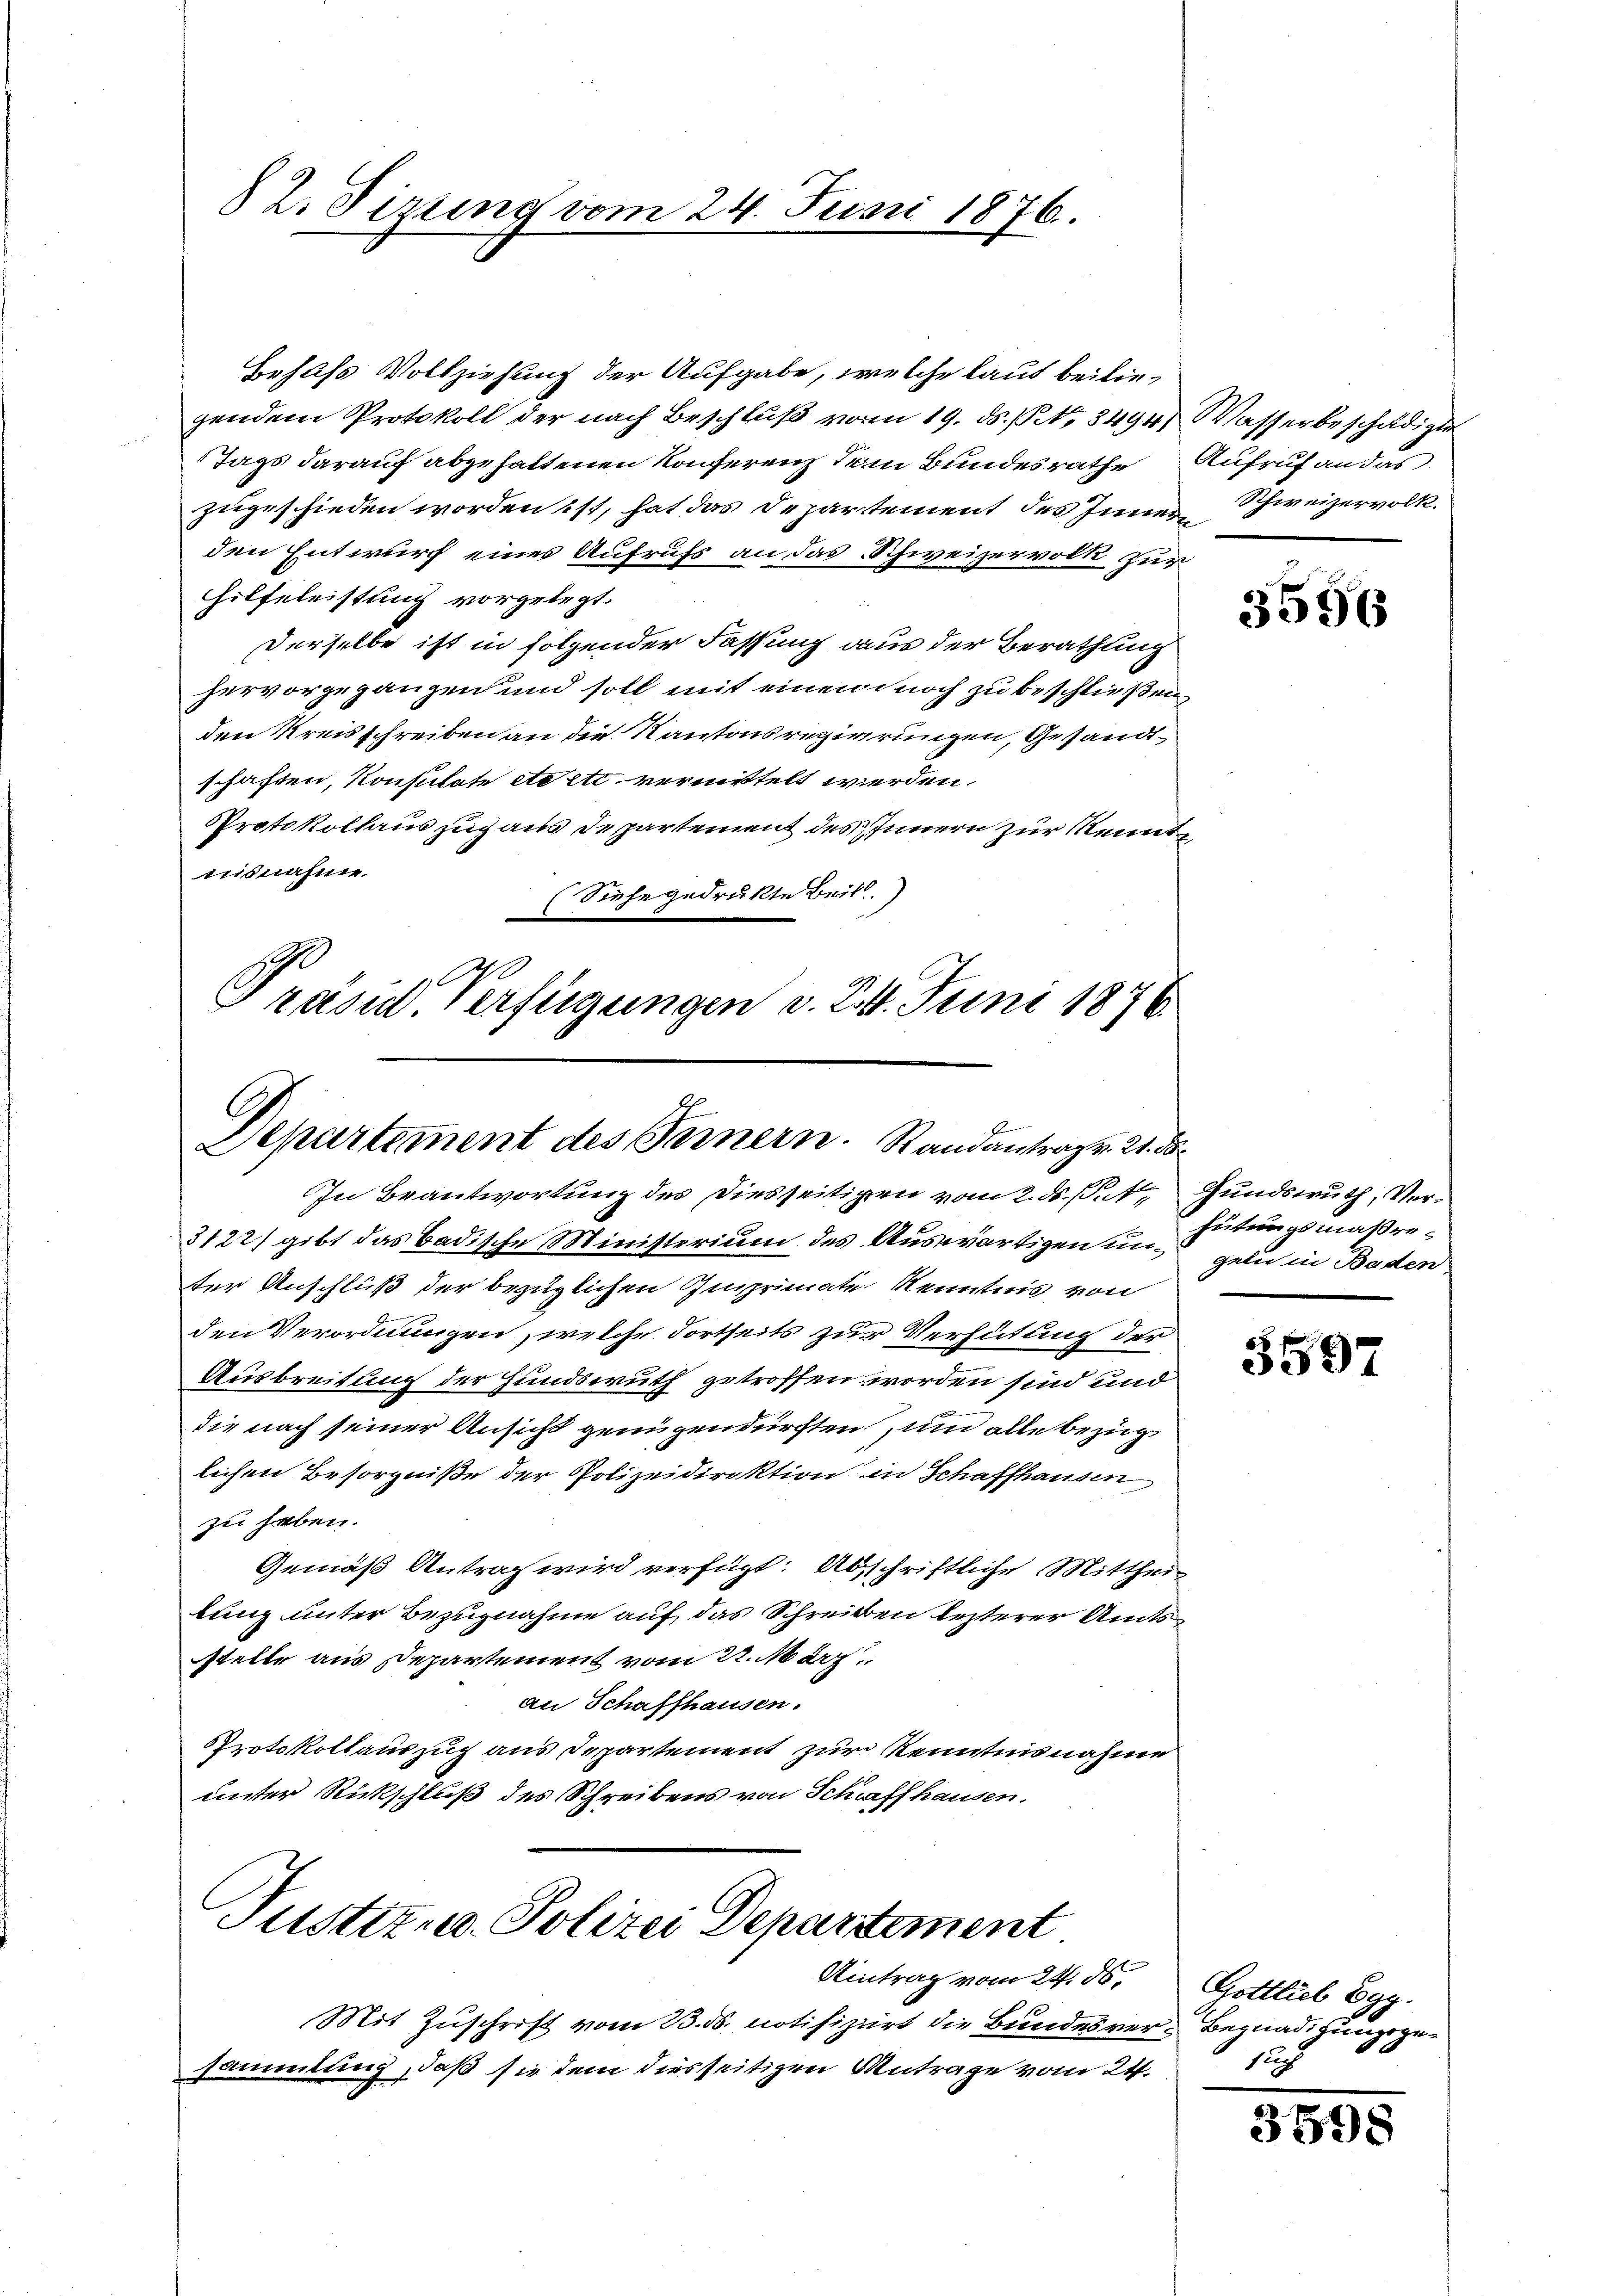
82. Sirung vom 24. Juni 1876.

Behufs Vollziehung der Aufgabe, welche laut beiliegendem Protokoll der nach Beschluß vom 19. ds. P. Nr. 8494) Wasserbeschädigte
Tags darauf abgehaltenen Konferenz dem Bundesrathe Aufruf an das
zugeschieden worden ist, hat das Departement des Inner Schweizervolk.
den Entwurf eines Aufrufs an das Schweizervolk zur
hilfeleistung vorgelegt.
Derselbe ist in folgender Fassung aus der Berathung
hervorgegangen und soll mit einen noch zu beschließen,
den Kreisschreiben an die Kantonsregierungen, Gesandtschaften, Konsulate etc etc. vermittelt werden.
Protokollaus zugaus Departement des Innern zur Kenntisnahme.
Siehe gedrukte Beil.
10
Präsid. Verfügungen v. 24. Juni 1876

Departement des Ternern. Randantrag v. 21. d.

In Beantwortung des Diesseitigen vom 2. ds Put, Hundswuth, Ver¬
3122) gibt das Badische Ministerium des Auswärtigen under Anschluß der bezüglichen Insprimate Kenntnis von
den Verordnungen, welche dortseits zur Verhütung der
Ausbreitung der Hundswuth getroffen worden sind und
die nach seiner Ansicht genügen dürften, und alle bezüglichen Besorgniße der Polizeidirektion in Schaffhausen
zu haben.
Gemäß Antrag wird verfügt: Abschriftliche Mittheil
lung unter Bezugnahme auf das Schreiben lezterer Amts
stelle aus Departement vom 27. März
an Schaffhausen.
Protokollauszug aus Departement zur Kenntnisnahme
unter Rückschluß des Schreibens von Schiffhausen.

Justiz u. Polizei Departement.
Eintrag vom 24. ds.

Mit Zuschrift vom 23. ds. notifizirt die Bundesver- Begnadigungsgesammlung, daß sie dem diesseitigen Antrage vom 24.

3556

hütungsmaßregeli in Baden

65 f
3597.

Gottlieb Egg.
1ch

3598